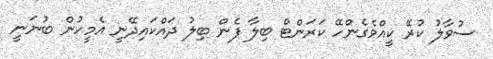
ސުވާލު ކުރޭ ކީއްވެގެންހޭ ކަރަންޓް ބިލާ ފެން ބިލު ދައްކަައިދޭނީ އެމީހުން ބުނަނީ